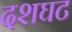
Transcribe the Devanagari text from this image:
दशघट